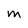
Character: M